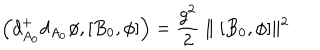
LaTeX: \left( d _ { A _ { 0 } } ^ { + } d _ { A _ { 0 } } \phi , [ B _ { 0 } , \phi ] \right) = { \frac { g ^ { 2 } } { 2 } } \parallel [ B _ { 0 } , \phi ] \parallel ^ { 2 }